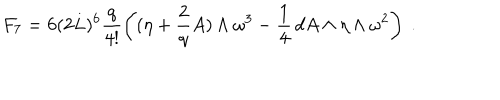
LaTeX: F _ { 7 } = 6 ( 2 L ) ^ { 6 } \frac { q } { 4 ! } \left( ( \eta + \frac { 2 } { q } A ) \wedge \omega ^ { 3 } - \frac { 1 } { 4 } \, d A \wedge \eta \wedge \omega ^ { 2 } \right) \ .